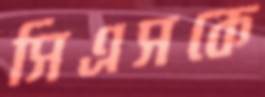
সিএসকে